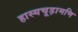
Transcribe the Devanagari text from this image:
हास्यचूड़ामणि